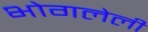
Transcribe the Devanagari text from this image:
भोगलेली